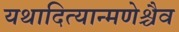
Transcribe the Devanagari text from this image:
यथादित्यान्मणेश्चैव